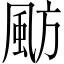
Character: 𩖫